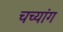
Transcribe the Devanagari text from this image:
चच्यांग